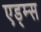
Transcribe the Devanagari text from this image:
एड्म्स